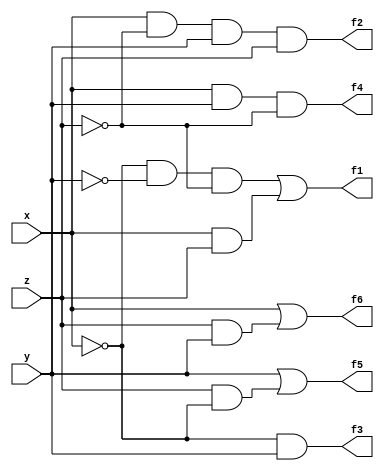
module part2(x, y, z, f1, f2, f3, f4, f5, f6);

input x, y, z; 
output f1, f2, f3, f4, f5, f6;

assign f1 = ~x&~y&~z | x&z;
assign f2 = x&~z & y&z;
assign f3 = ~x&y;
assign f4 = x&y&~z;
assign f5 = y | z&~x;
assign f6 = x | z&y;

endmodule